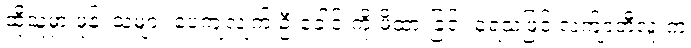
ထိုသူမှာ ဖုန်၊ သဲများ ပေကျံလျက် ဦးခေါင်းကို ဖိထားခြင်း ခံရသဖြင့် လက်ျာဘီလူးက